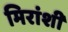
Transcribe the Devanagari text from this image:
मिरांशी